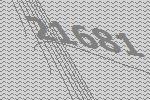
21681